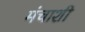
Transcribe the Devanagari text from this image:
मंचाशी